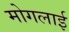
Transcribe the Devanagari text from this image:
मोगलार्इ